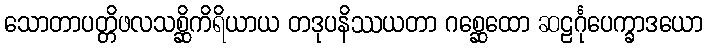
သောတာပတ္တိဖလသစ္ဆိကိရိယာယ တဒုပနိဿယတာ ဂစ္ဆေထော ဆဠင်္ဂုပေက္ခာဒယော